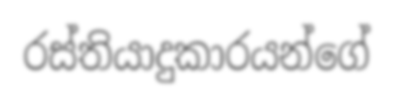
රස්තියාදුකාරයන්ගේ